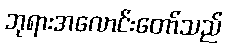
ဘုရားအလောင်းတော်သည်